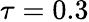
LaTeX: \tau=0.3